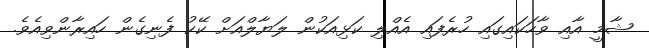
ޝާމީ އާއި ވާހަކައިގައި ހުރެފައި އެއްލި ކަޅިއަކުން ލަޔާލްއަށް ކޭކު ފެނިގެން ހައިރާންވިއެވެ.